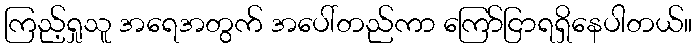
ကြည့်ရှုသူ အရေအတွက် အပေါ်တည်ကာ ကြော်ငြာရရှိနေပါတယ်။